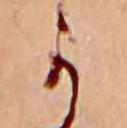
か